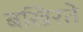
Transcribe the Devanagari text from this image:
बखिरते